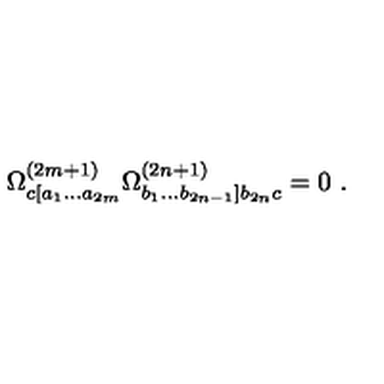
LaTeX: \Omega _ { c [ a _ { 1 } \ldots a _ { 2 m } } ^ { ( 2 m + 1 ) } \Omega _ { b _ { 1 } \ldots b _ { 2 n - 1 } ] b _ { 2 n } c } ^ { ( 2 n + 1 ) } = 0 \ .